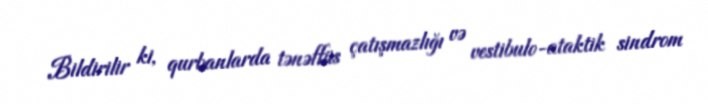
Bildirilir ki, qurbanlarda tənəffüs çatışmazlığı və vestibulo-ataktik sindrom